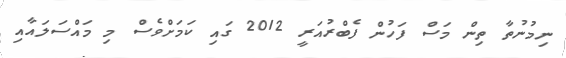
ނިމުނުތާ ތިން މަސް ފަހުން ފެބްރުއަރީ 2012 ގައި ކަމަށްވެސް މި މައްސަލައާއި